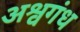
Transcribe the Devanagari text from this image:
अश्वगंध